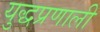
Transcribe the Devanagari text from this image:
युद्धप्रणाली